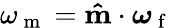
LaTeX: \omega_{\mathrm{~m~}}=\mathbf{\hat{m}}\cdot\boldsymbol{\omega}_{\mathrm{~f~}}